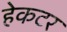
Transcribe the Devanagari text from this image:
हेकटर